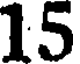
15